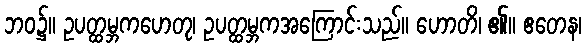
ဘဝ၌။ ဥပတ္ထမ္ဘကဟေတု၊ ဥပတ္ထမ္ဘကအကြောင်းသည်။ ဟောတိ၊ ၏။ ဧတေန၊